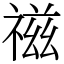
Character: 禌